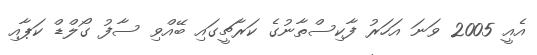
އެއީ 2005 ވަނަ އަހަރު ފާކިސްތާނުގެ ކަރާޗީގައި ބޭއްވި ސާފު ގޯލްޑް ކަޕާއި